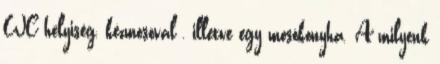
WC helyiség, kézmosóval , illetve egy mosókonyha. A milyenk